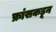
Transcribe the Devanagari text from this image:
फ्रांसकडून